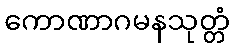
ကောဏာဂမနသုတ္တံ